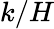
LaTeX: k/H